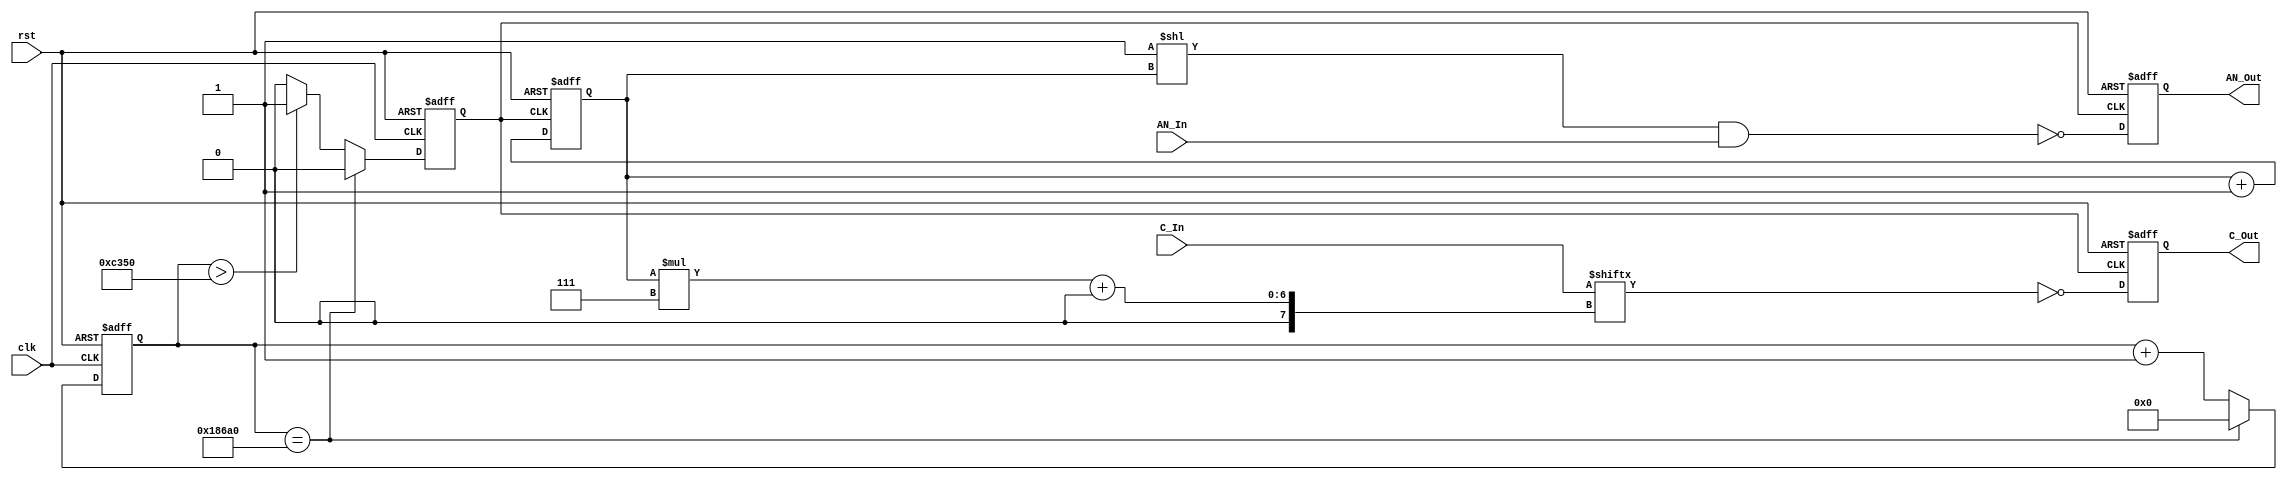
`timescale 1ns / 1ps
//////////////////////////////////////////////////////////////////////////////////
// Company: 
// Engineer: 
// 
// Design Name: 
// Module Name: SevenSegmentLED
// Project Name: 
// Target Devices: 
// Tool Versions: 
// Description: 
// 
// Dependencies: 
// 
// Revision:
// Revision 0.01 - File Created
// Additional Comments:
// 
//////////////////////////////////////////////////////////////////////////////////

module SevenSegmentLED(clk,rst,AN_In,C_In,AN_Out,C_Out);

input clk, rst;
input [55:0] C_In;
input [7:0] AN_In;
output reg [7:0] AN_Out;
output reg [6:0] C_Out;

reg [2:0] LEDCounter;

reg [16:0] clkCounter;
reg slowClk;
parameter TOGGLE = 17'd100000; 

always @ (posedge slowClk or posedge rst)
begin
    if(rst)
    begin
        AN_Out <= 0;
        C_Out <= 0;
        LEDCounter <= 0;
    end
    else
    begin
        LEDCounter <= LEDCounter + 1;
        AN_Out <= ~((8'd1 << LEDCounter)&AN_In);
        C_Out <= ~C_In[LEDCounter*7+:7];
    end
end

always @ (posedge clk or posedge rst)
begin
    if(rst)
    begin
        clkCounter <= 0;
        slowClk <= 0;
    end
    else
    begin
        if(clkCounter == TOGGLE)
        begin
            slowClk <= 0;
            clkCounter <= 0;
        end
        else if(clkCounter > TOGGLE/2)
        begin
            slowClk <= 1;
            clkCounter <= clkCounter + 1;
        end
        else
        begin
            slowClk <= 0;
            clkCounter <= clkCounter + 1;
        end
    end
end

endmodule